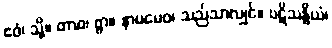
ဧဝံ၊ သို့။ တာဝ၊ စွာ။ နာမမေဝ၊ သည်သာလျှင်။ ပဋိသန္ဓိယံ၊